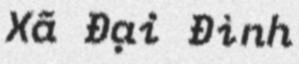
Xã Đại Đình